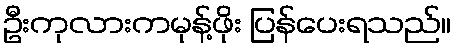
ဦးကုလားကမုန့်ဖိုး ပြန်ပေးရသည်။